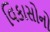
વિકાસોનો